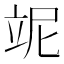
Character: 𥩥